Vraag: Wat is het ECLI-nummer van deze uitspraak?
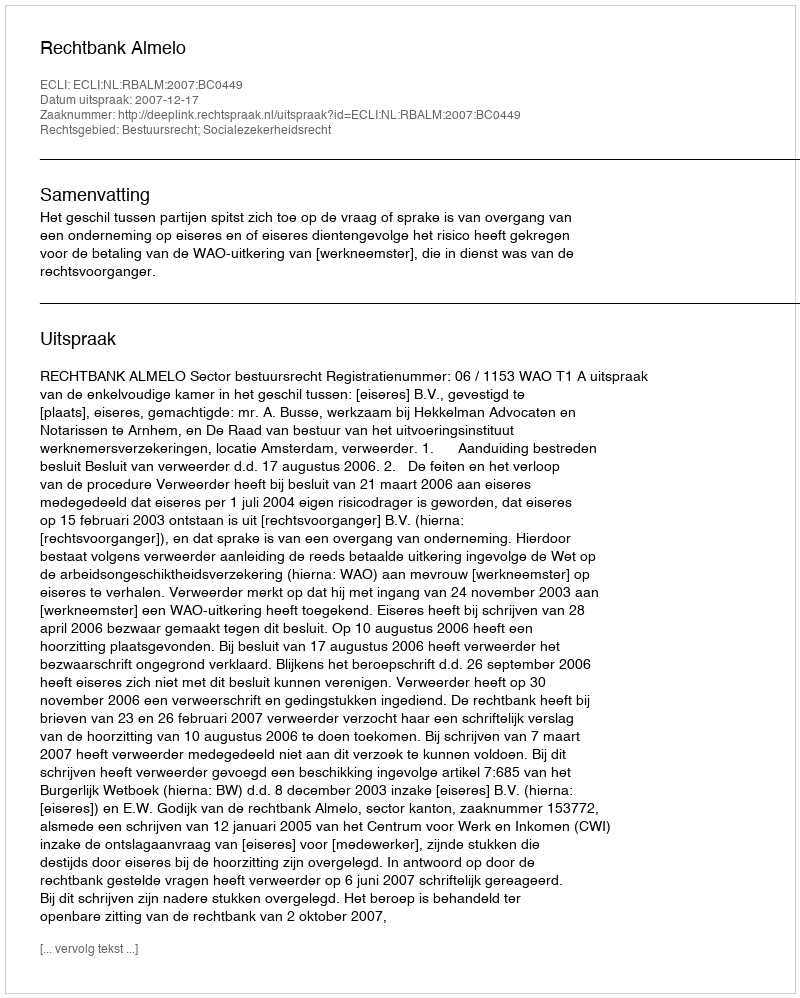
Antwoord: ECLI:NL:RBALM:2007:BC0449